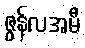
ဇွန်လအမီ